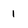
Character: 1